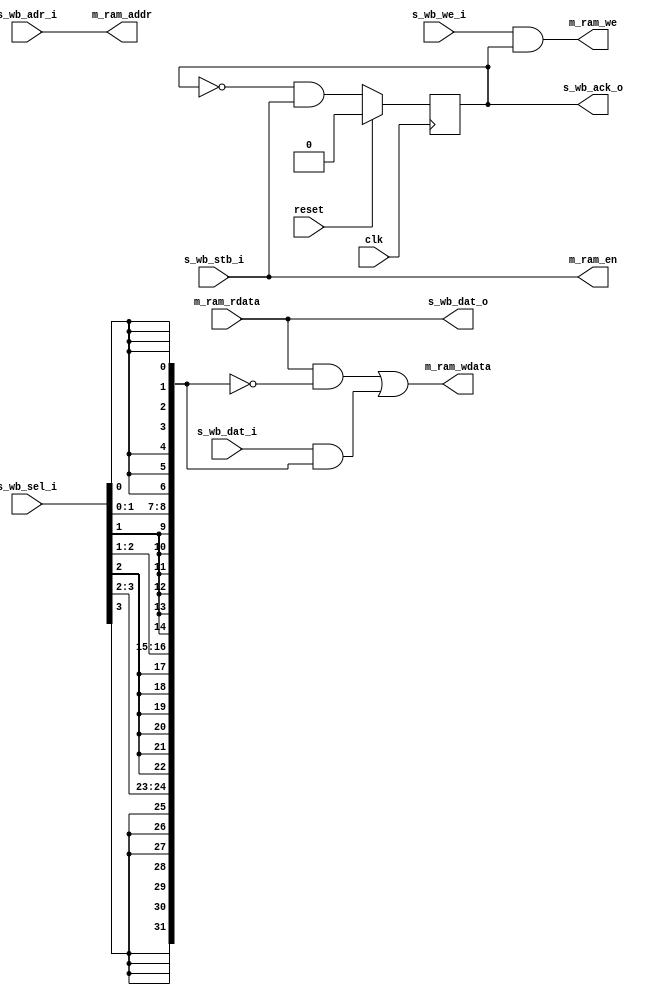
// ---------------------------------------------------------------------------
//  Jelly  -- The platform for real-time computing
//
//                                 Copyright (C) 2008-2015 by Ryuji Fuchikami
//                                 https://github.com/ryuz/jelly.git
// ---------------------------------------------------------------------------



`timescale 1ns / 1ps
`default_nettype none



module jelly_wishbone_to_ram
        #(
            parameter   WB_ADR_WIDTH  = 12,
            parameter   WB_DAT_WIDTH  = 32,
            parameter   WB_SEL_WIDTH  = (WB_DAT_WIDTH / 8)
        )
        (
            input   wire                        reset,
            input   wire                        clk,
            
            // wishbone
            input   wire    [WB_ADR_WIDTH-1:0]  s_wb_adr_i,
            output  wire    [WB_DAT_WIDTH-1:0]  s_wb_dat_o,
            input   wire    [WB_DAT_WIDTH-1:0]  s_wb_dat_i,
            input   wire                        s_wb_we_i,
            input   wire    [WB_SEL_WIDTH-1:0]  s_wb_sel_i,
            input   wire                        s_wb_stb_i,
            output  wire                        s_wb_ack_o,
            
            // ram
            output  wire                        m_ram_en,
            output  wire                        m_ram_we,
            output  wire    [WB_ADR_WIDTH-1:0]  m_ram_addr,
            output  wire    [WB_DAT_WIDTH-1:0]  m_ram_wdata,
            input   wire    [WB_DAT_WIDTH-1:0]  m_ram_rdata
        );
    
    
    // write mask
    function [WB_DAT_WIDTH-1:0] make_write_mask;
    input   [WB_SEL_WIDTH-1:0]  sel;
    integer                 i, j;
    begin
        for ( i = 0; i < WB_SEL_WIDTH; i = i + 1 ) begin
            for ( j = 0; j < 8; j = j + 1 ) begin
                make_write_mask[i*8 + j] = sel[i];
            end
        end
    end
    endfunction
    
    wire    [WB_DAT_WIDTH-1:0]  write_mask;
    assign write_mask = make_write_mask(s_wb_sel_i);
    
    reg         reg_ack;
    always @( posedge clk ) begin
        if ( reset ) begin
            reg_ack <= 1'b0;
        end
        else begin
            reg_ack <= !reg_ack & s_wb_stb_i;
        end
    end
    
    assign s_wb_dat_o  = m_ram_rdata;
    assign s_wb_ack_o  = reg_ack;
    
    assign m_ram_en    = s_wb_stb_i;
    assign m_ram_we    = s_wb_we_i & reg_ack;
    assign m_ram_addr  = s_wb_adr_i;
    assign m_ram_wdata = (m_ram_rdata & ~write_mask) | (s_wb_dat_i & write_mask);
    
    
endmodule



`default_nettype wire


// end of file